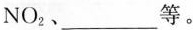
NO_{2}、___等。